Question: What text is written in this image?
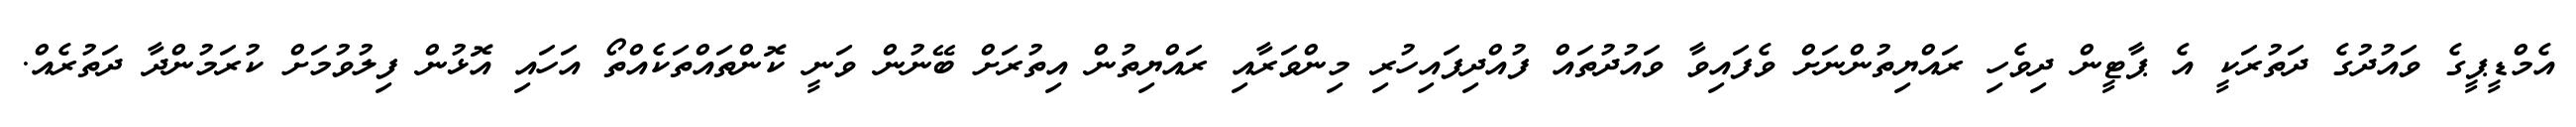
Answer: އެމްޑީޕީގެ ވައުދުގެ ދަތުރަކީ އެ ޕާޓީން ދިވެހި ރައްޔިތުންނަށް ވެފައިވާ ވައުދުތައް ފުއްދިފައިހުރި މިންވަރާއި ރައްޔިތުން އިތުރަށް ބޭނުން ވަނީ ކޮންތައްތަކެއްތޯ އަހައި އޮޅުން ފިލުވުމަށް ކުރަމުންދާ ދަތުރެއް.